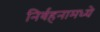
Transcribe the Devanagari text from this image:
निर्वहनामध्ये